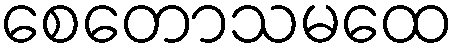
စေတောသမထေ